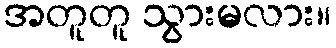
အတူတူ သွားမလား။